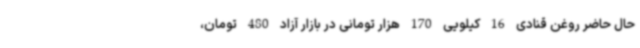
حال حاضر روغن قنادی 16 کیلویی 170 هزار تومانی در بازار آزاد 480 تومان،